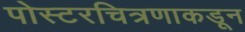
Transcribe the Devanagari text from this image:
पोस्टरचित्रणाकडून